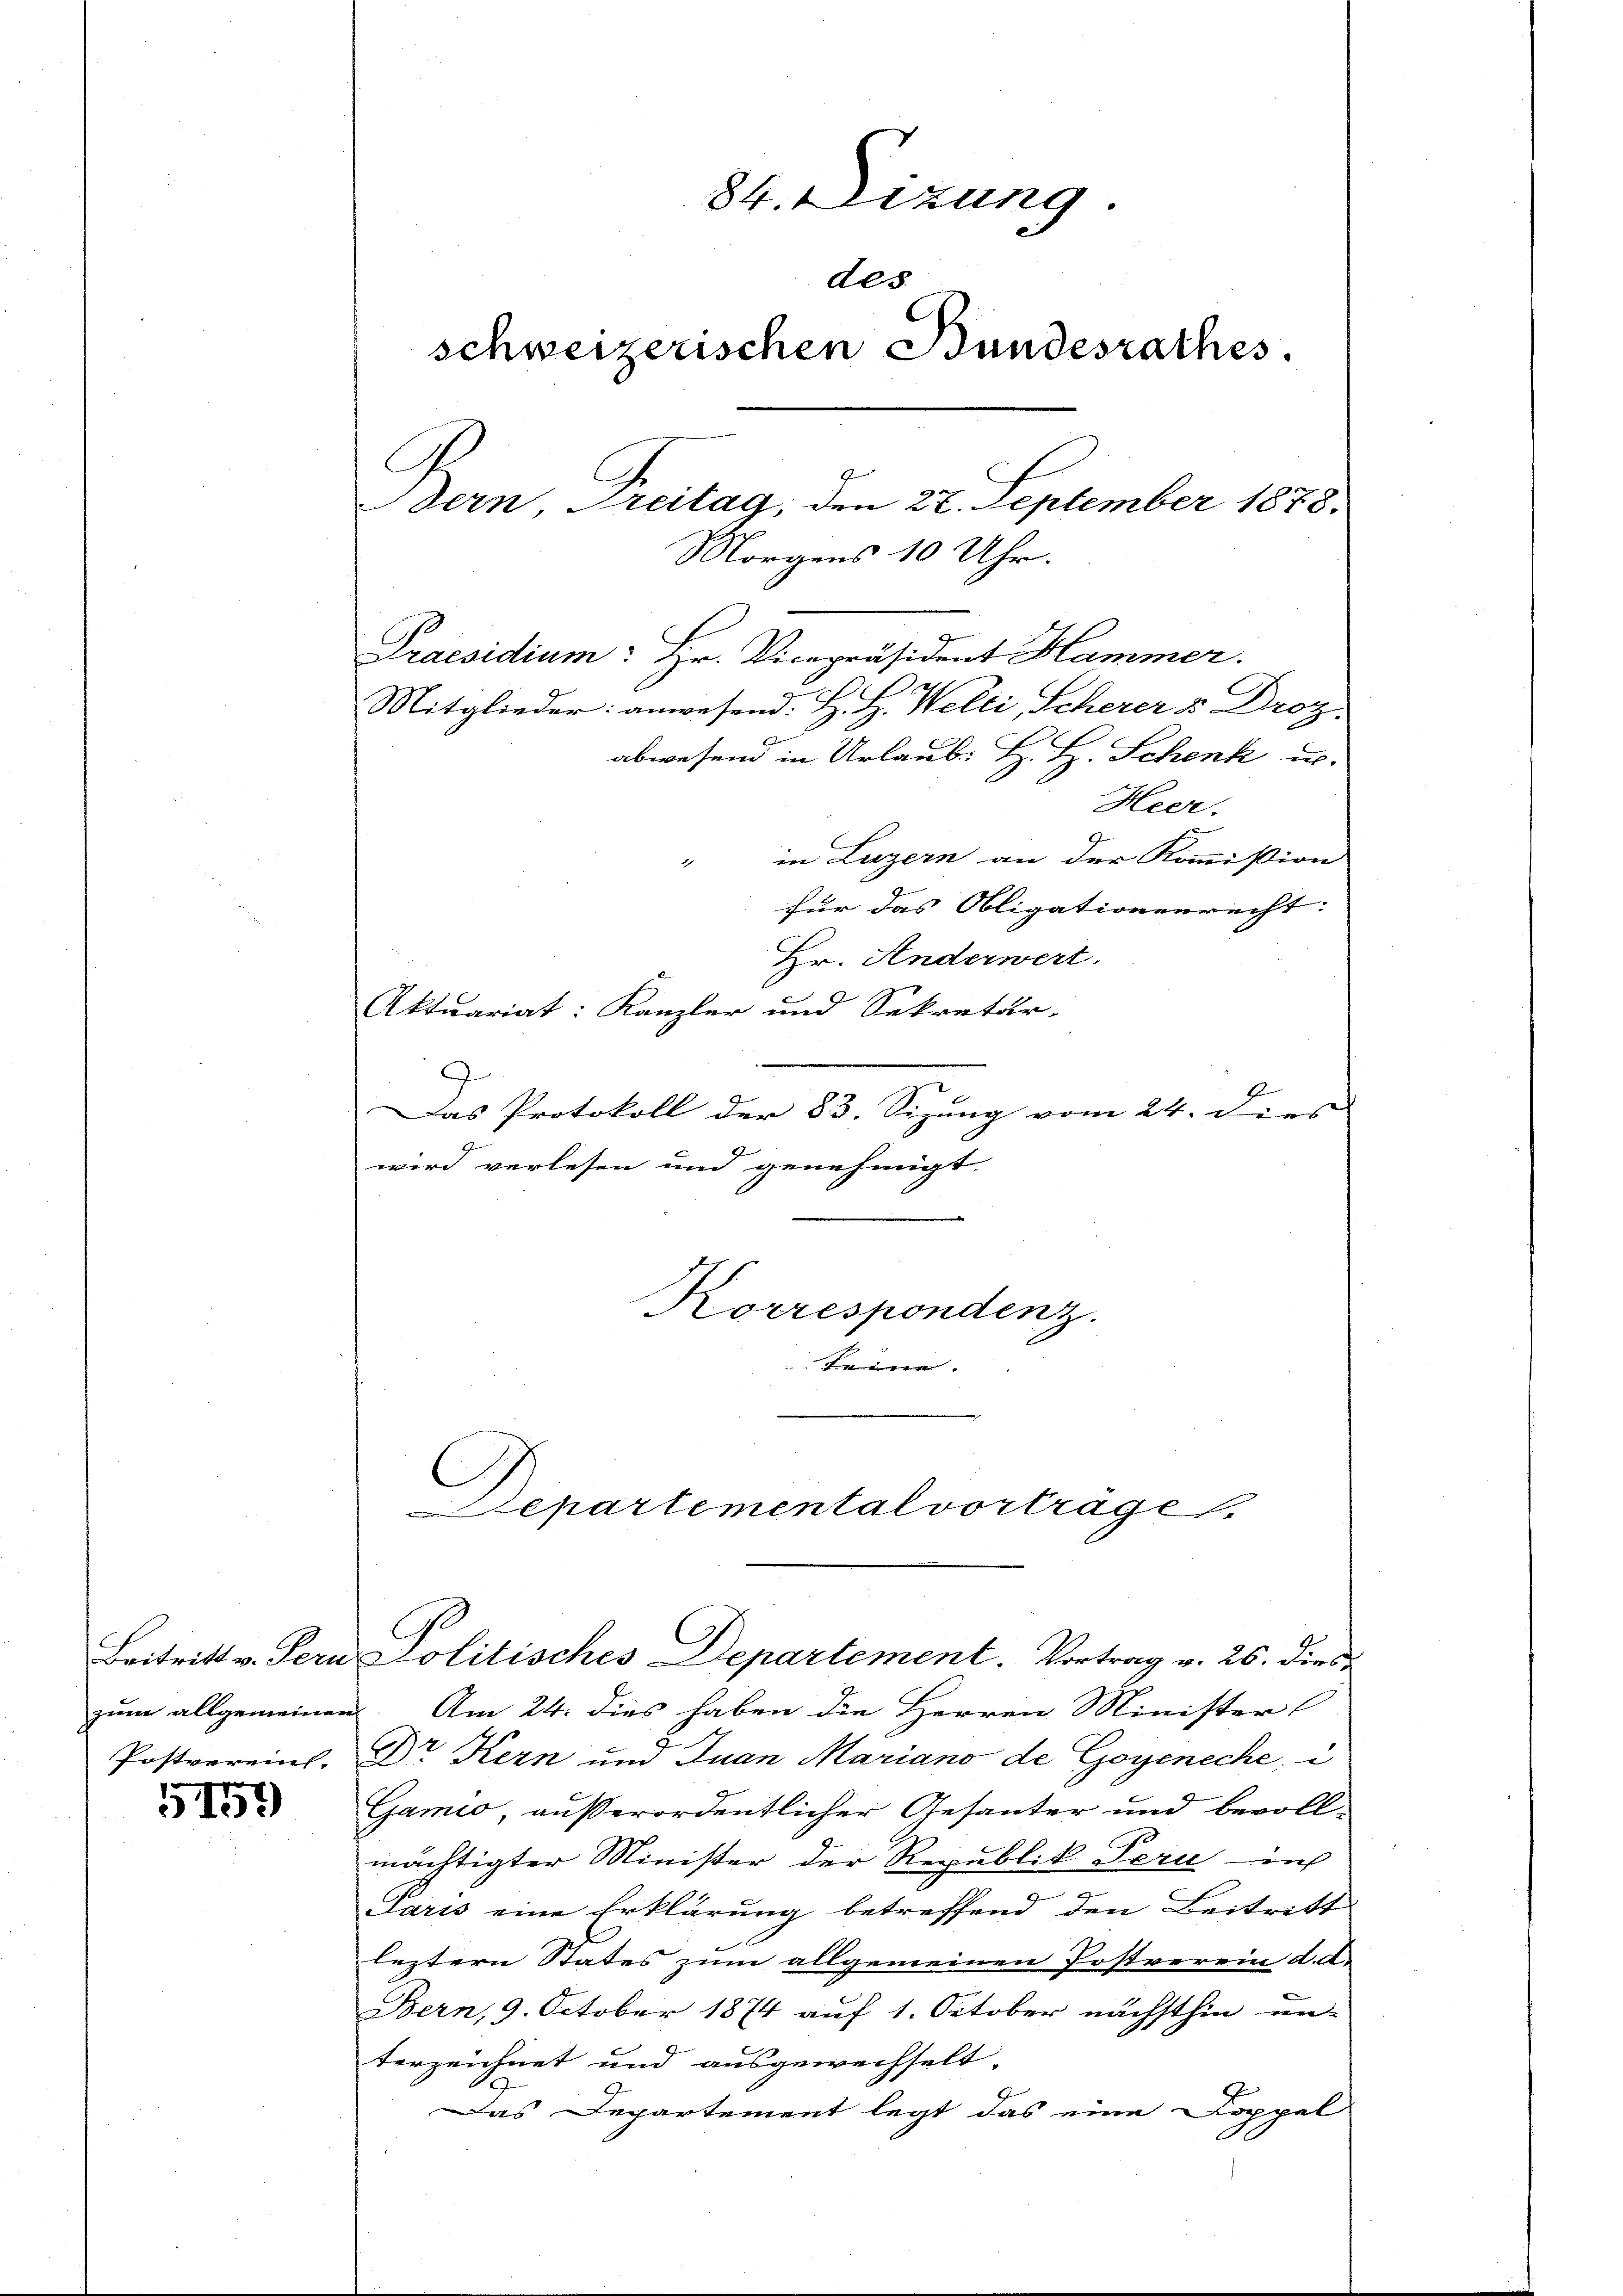
5159

zum allgemeinen
Postvereint.

84. Dizung.
des.
schweizerischen Bundesrathes.
C
Dern, Treitag, den 22. September 1878.
Morgens 10 Uhr.

abwesen in Urlaub. H. H. Schenk u.
Heer.
" in Luzern an der Kommission
für das Obligationenrecht.
Hr. Anderwert.
Aktuariat: Kanzler und Sekretär-
Das Protokoll der 83. Sizung vom 24. dies
wird verlesen und genehmigt

Praesidium: Hr. Vicepräsident Hammer.

Korrespondenz.
Keinen |

Mitglieder: anwesend. H. H. Welti, Scherer & Droz.

epartemental vorträge

Am 24. dies haben die Herren Minister
Dr Kern und Juan Mariano de Goyeneche, i
Gamio, außerordentlicher Gesanter und bevollmächtigter Minister der Republik Bern in
Paris eine Erklärung betreffend den Beitritt
leztern States zum allgemeinen Postverein d. d.
Bern, 9. October 1874 auf 1. October nächsthin un-
terzeichnet und ausgewechselt.
Das Departement legt das eine Doppel

Beitritt v. Fern Politisches Departement. Vortrag v. 26. dies